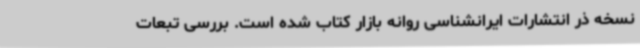
نسخه ذر انتشارات ایرانشناسی روانه بازار کتاب شده است. بررسی تبعات